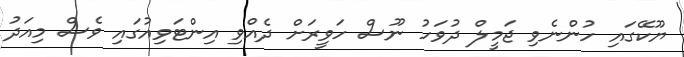
ޔޫކޭގައި ހުންނެވި ޖަމީލް ދުވަހު ނޫސް ހަވީރަށް ދެއްވި އިންޓަވިއުގައި ވެސް މިއަދު